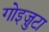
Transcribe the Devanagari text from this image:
गोइज़ुटा